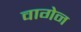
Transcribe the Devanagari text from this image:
वागेन